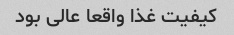
کیفیت غذا واقعا عالی بود